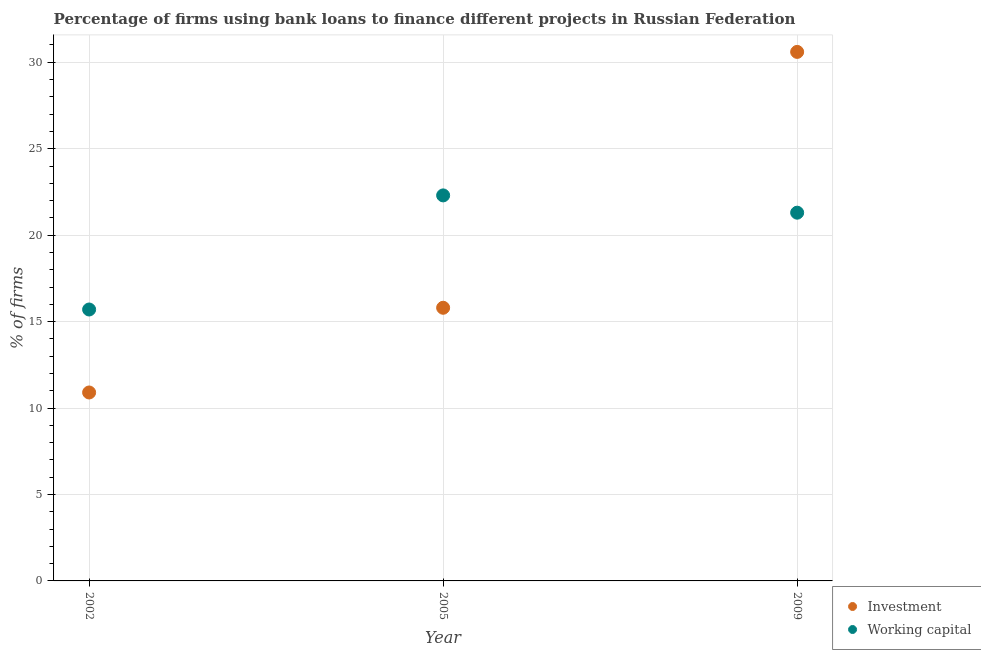
| Year | Investment | Working capital |
 | --- | --- | --- |
 | 2002 | 10.9 | 15.7 |
 | 2005 | 15.8 | 22.3 |
 | 2009 | 30.6 | 21.3 |